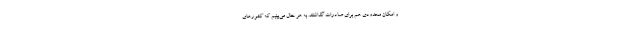
و امکان محدودی هم برای صادرات گذاشتند. به هر حال می‌بینیم که کشورهای